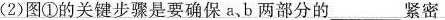
(2)图①的关键步骤是要确保a、b两部分的___紧密